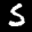
Label: 5